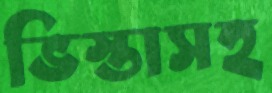
ভিস্তাসহ